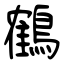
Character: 鶴